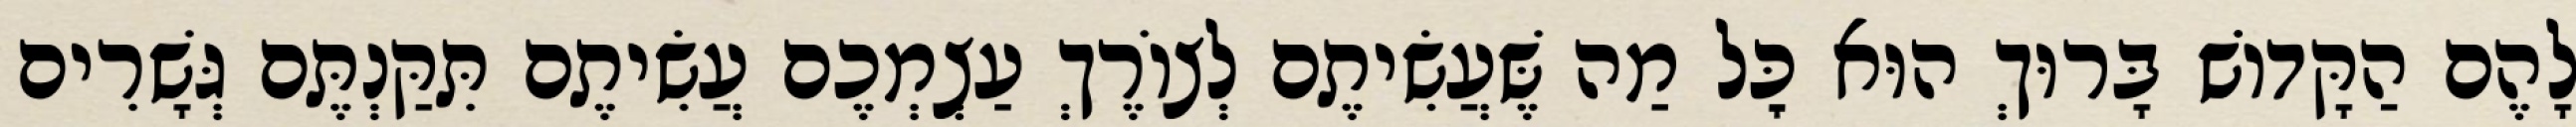
לָהֶם הַקָּדוֹשׁ בָּרוּךְ הוּא כׇּל מַה שֶּׁעֲשִׂיתֶם לְצוֹרֶךְ עַצְמְכֶם עֲשִׂיתֶם תִּקַּנְתֶּם גְּשָׁרִים